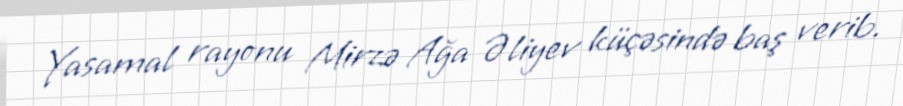
Yasamal rayonu Mirzə Ağa Əliyev küçəsində baş verib.